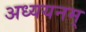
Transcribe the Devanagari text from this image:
अध्ययनम्